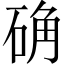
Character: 确